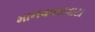
માનવવસવાટા